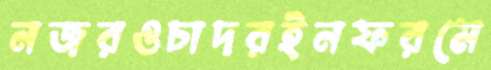
নজরওচাদরইনফরমে